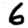
Digit: 6